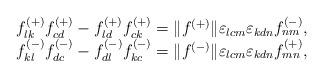
LaTeX: \begin{align*}\begin{array}{l}f^{(+)}_{lk}f^{(+)}_{cd}-f^{(+)}_{ld}f^{(+)}_{ck}=\|f^{(+)}\|\varepsilon_{lcm}\varepsilon_{kdn}f^{(-)}_{nm},\\ f^{(-)}_{kl}f^{(-)}_{dc}-f^{(-)}_{dl}f^{(-)}_{kc}=\|f^{(-)}\|\varepsilon_{lcm}\varepsilon_{kdn}f^{(+)}_{mn},\end{array}\end{align*}